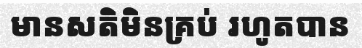
មានសតិមិនគ្រប់ រហូតបាន